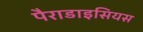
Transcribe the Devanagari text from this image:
पैराडाइसियस